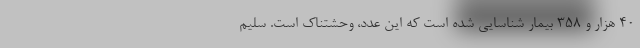
۴۰ هزار و ۳۵۸ بیمار شناسایی شده است که این عدد، وحشتناک است. سلیم